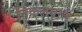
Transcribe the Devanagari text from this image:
निकलवाते।